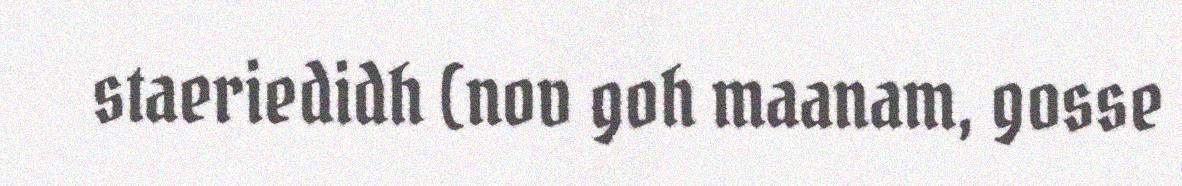
staeriedidh (nov goh maanam, gosse